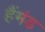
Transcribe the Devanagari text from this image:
हैंमंड